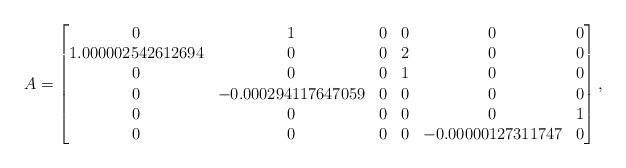
LaTeX: \begin{align*}A=\begin{bmatrix} 0 & 1 & 0 & 0 & 0 & 0\\1.000002542612694 & 0 & 0 & 2 & 0 & 0\\0 & 0 & 0 & 1 & 0 & 0\\0 & -0.000294117647059 & 0 & 0 & 0 & 0\\0 & 0 & 0 & 0 & 0 & 1\\0 & 0 & 0 & 0 & -0.00000127311747 & 0\end{bmatrix},\end{align*}